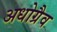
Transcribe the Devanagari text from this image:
अधोग्रैव